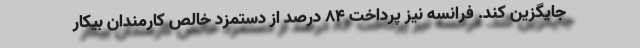
جایگزین کند. فرانسه نیز پرداخت 84 درصد از دستمزد خالص کارمندان بیکار